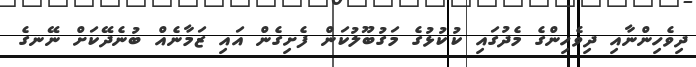
ދިވެހިންނާއި ދިވެހިންގެ މެދުގައި ކުކުޅުގެ މަގުބޫލުކަން ފެށިގެން އައި ޒަމާނެއް ބުނެދޭކަށް ނޭނގެ